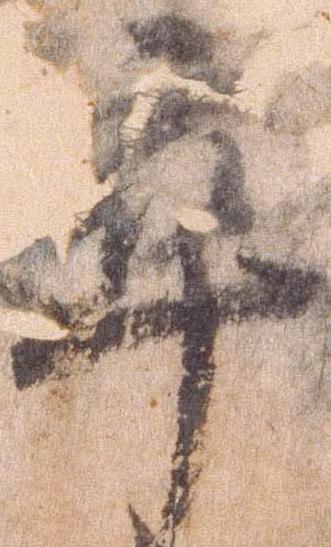
卒